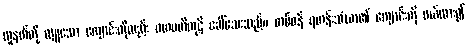
လူနတ်တို့ လှူသော ကျောင်းကိုလည်း ဂဟပတိကုဋိ ခေါ်သေးသည်။ တစ်ဖန် ရဟန်းသံဃာ၏ ကျောင်းကို ဖယ်ထား၍